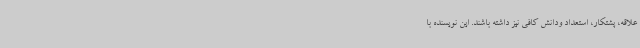
علاقه، پشتکار، استعداد ودانش کافی نیز داشته‌ باشند. این نویسنده با